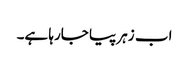
اب زہر پیا جارہا ہے۔